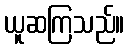
ယူဆကြသည်။